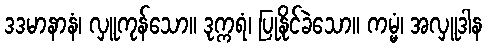
ဒဒမာနာနံ၊ လှူကုန်သော။ ဒုက္ကရံ၊ ပြုနိုင်ခဲသော။ ကမ္မံ၊ အလှူဒါန